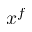
x ^ { f }